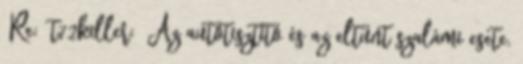
Re: t72killer: Az autótisztító és az eltűnt szalámi esete.